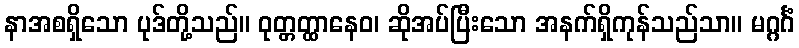
နာအစရှိသော ပုဒ်တို့သည်။ ဝုတ္တတ္ထာနေဝ၊ ဆိုအပ်ပြီးသော အနက်ရှိကုန်သည်သာ။ မဂ္ဂင်္ဂံ